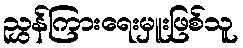
ညွှန်ကြားရေးမှူးဖြစ်သူ